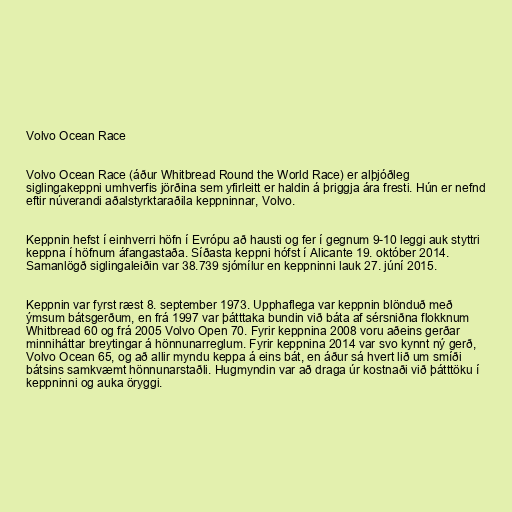
Volvo Ocean Race

Volvo Ocean Race (áður Whitbread Round the World Race) er alþjóðleg
siglingakeppni umhverfis jörðina sem yfirleitt er haldin á þriggja ára fresti. Hún er nefnd
eftir núverandi aðalstyrktaraðila keppninnar, Volvo.

Keppnin hefst í einhverri höfn í Evrópu að hausti og fer í gegnum 9-10 leggi auk styttri
keppna í höfnum áfangastaða. Síðasta keppni hófst í Alicante 19. október 2014.
Samanlögð siglingaleiðin var 38.739 sjómílur en keppninni lauk 27. júní 2015.

Keppnin var fyrst ræst 8. september 1973. Upphaflega var keppnin blönduð með
ýmsum bátsgerðum, en frá 1997 var þátttaka bundin við báta af sérsniðna flokknum
Whitbread 60 og frá 2005 Volvo Open 70. Fyrir keppnina 2008 voru aðeins gerðar
minniháttar breytingar á hönnunarreglum. Fyrir keppnina 2014 var svo kynnt ný gerð,
Volvo Ocean 65, og að allir myndu keppa á eins bát, en áður sá hvert lið um smíði
bátsins samkvæmt hönnunarstaðli. Hugmyndin var að draga úr kostnaði við þátttöku í
keppninni og auka öryggi.